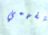
تفهمي